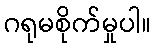
ဂရုမစိုက်မှုပါ။